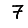
Digit: 7